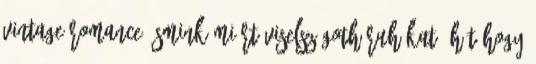
Vintage Romance, smink Miért viselsz goth ruhákat? Hát hogy